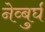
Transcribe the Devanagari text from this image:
नेव्बुर्घ